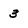
Character: 3